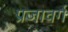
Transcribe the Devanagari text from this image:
प्रजावर्ग